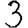
Digit: 3